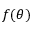
f ( \theta )